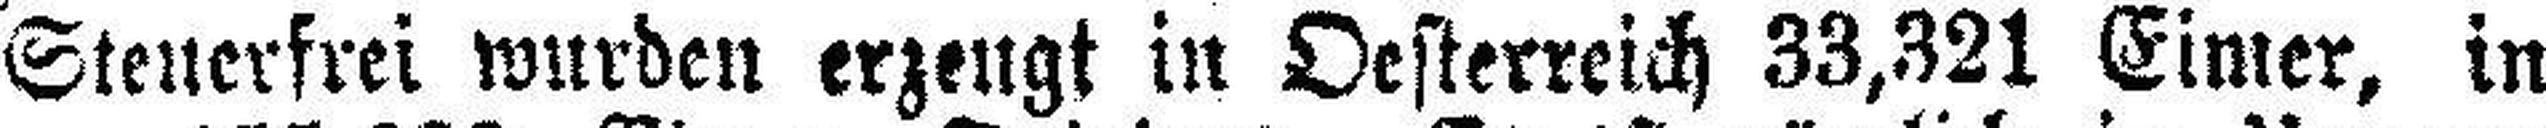
Steuerfrei wurden erzeugt in Oesterreich 33,321 Eimer, in